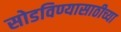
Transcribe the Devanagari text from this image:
सोडविण्यासाठीच्या